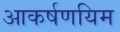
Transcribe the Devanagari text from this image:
आकर्षणयिम